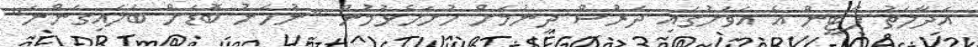
އަދާލަތު ޕާޓީން އެ އަވަށުގައި ދަރުސް ދިނުމަށް ހުށަހެޅުމުން "ނުހަނު ބޮޑަށް ބަލައިގަންނަ"